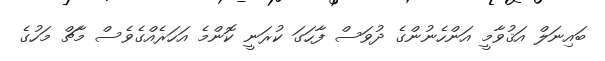
ބައިނަލް އަޤުވާމީ އަންހެނުންގެ ދުވަސް ފާހަގަ ކުރަނީ ކޮންމެ އަހަރެއްގެވެސް މާޗް މަހުގެ